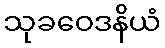
သုခဝေဒနိယံ